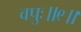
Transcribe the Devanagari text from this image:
वपुः॥९॥